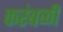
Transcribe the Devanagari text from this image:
करंबळी